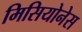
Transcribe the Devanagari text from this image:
मिसियोनेस